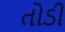
તોડી